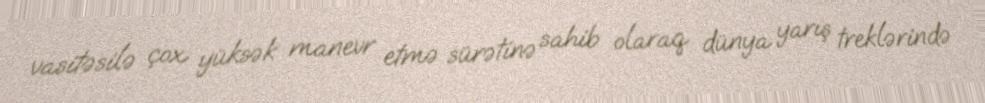
vasitəsilə çox yüksək manevr etmə sürətinə sahib olaraq dünya yarış treklərində